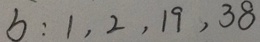
b : 1 , 2 , 1 9 , 3 8